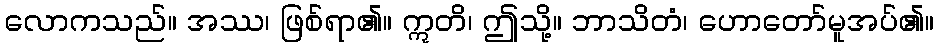
လောကသည်။ အဿ၊ ဖြစ်ရာ၏။ ဣတိ၊ ဤသို့။ ဘာသိတံ၊ ဟောတော်မူအပ်၏။